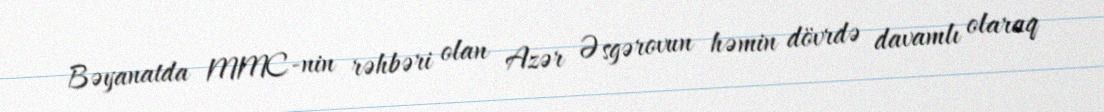
Bəyanatda MMC-nin rəhbəri olan Azər Əsgərovun həmin dövrdə davamlı olaraq